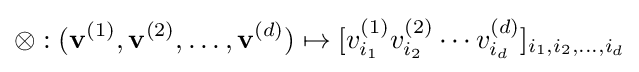
\otimes :(\mathbf {v} ^{(1)},\mathbf {v} ^{(2)},\ldots ,\mathbf {v} ^{(d)})\mapsto [v_{i_{1}}^{(1)}v_{i_{2}}^{(2)}\cdots v_{i_{d}}^{(d)}]_{i_{1},i_{2},\ldots ,i_{d}}